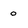
Character: o